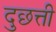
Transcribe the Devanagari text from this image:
दुछत्ती